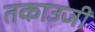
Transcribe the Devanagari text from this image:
तकाउजी